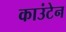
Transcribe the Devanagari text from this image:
काउंटेन